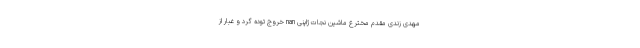
مهدی زندی مقدم مخترع ماشین نجات ژاپنی nan خروج توده گرد و غبار از